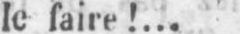
le faire !...